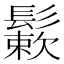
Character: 𩮶